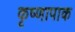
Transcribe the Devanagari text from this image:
कृष्णापाक